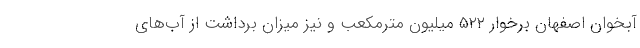
آبخوان اصفهان برخوار ۵۲۲ میلیون مترمکعب و نیز میزان برداشت از آب‌های